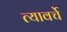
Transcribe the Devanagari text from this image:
त्यावर्चे